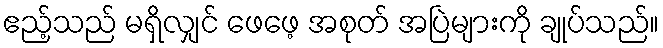
ဧည့်သည် မရှိလျှင် ဖေဖေ့ အစုတ် အပြဲများကို ချုပ်သည်။